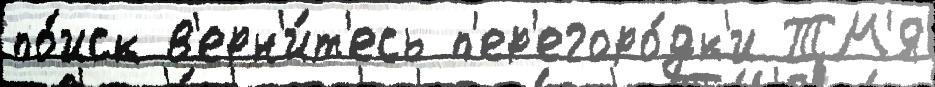
по́иск в'ерн'и́т'есь п'ер'егоро́дк'и ТМ'Я